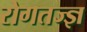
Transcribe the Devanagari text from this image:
रोगतज्ज्ञ